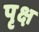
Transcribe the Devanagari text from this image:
पृक्ष